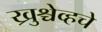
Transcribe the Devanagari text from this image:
ख्रुश्चेव्हचे